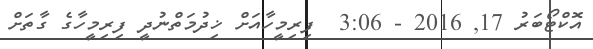
އޮކްޓޯބަރު 17